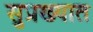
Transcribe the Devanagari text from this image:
सुप्रख्यात